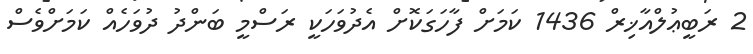
2 ރަބީޢުލްއާޚިރް 1436 ކަމަށް ފާހަގަކޮށް އެދުވަހަކީ ރަސްމީ ބަންދު ދުވަހެއް ކަމަށްވެސް